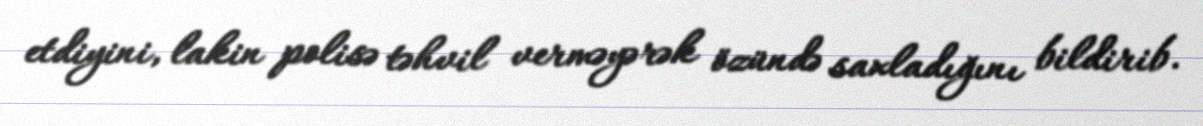
etdiyini, lakin polisə təhvil verməyərək özündə saxladığını bildirib.